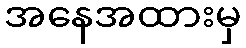
အနေအထားမှ